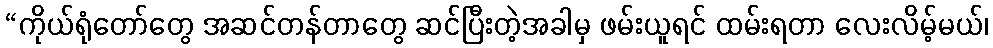
“ကိုယ်ရုံတော်တွေ အဆင်တန်တာတွေ ဆင်ပြီးတဲ့အခါမှ ဖမ်းယူရင် ထမ်းရတာ လေးလိမ့်မယ်၊